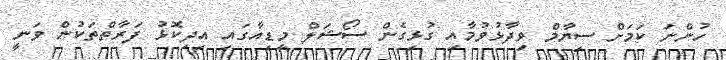
ހުންނަ ކަމަށް ސިޔާމް ވިދާޅުވުމާއި ގުޅިގެން ސޯޝަލް މީޑިއާގައި އިދިކޮޅު ފަރާތްތަކުން ވަނީ